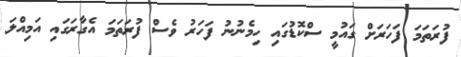
ފުރަތަމަ ފަހަރަށް ގައުމީ ސްކޮޑުގައި ހިމެނުނު ފަހަރު ވެސް ފުރަތަމަ އެގާރަގައި އަމިއްލަ